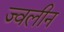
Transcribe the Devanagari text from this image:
ज्वलीन